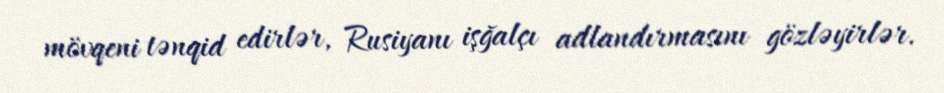
mövqeni tənqid edirlər, Rusiyanı işğalçı adlandırmasını gözləyirlər.